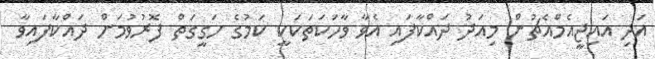
އަދި އައިޖީއެމްއެޗުން މިއަދު ދައްކާފައި އެވާ ވާހަކަތަކަކީ ކަމުގެ ހަގީގަތް ފޮރުވުމަށް ދައްކާފައިވާ